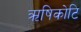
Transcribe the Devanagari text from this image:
ऋषिकोटि